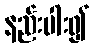
နည်းပါး၍